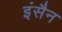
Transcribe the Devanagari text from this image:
इंसैन